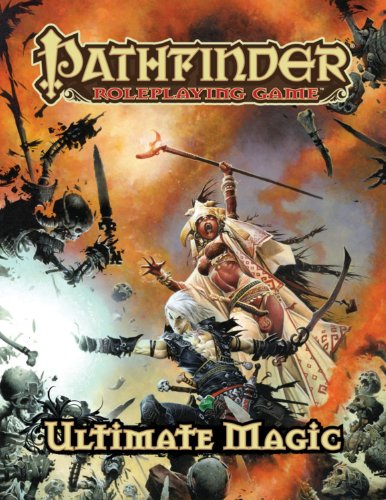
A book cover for Pathfinder Roleplaying Game: Ultimate Magic; Jason Bulmahn; Science Fiction & Fantasy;